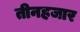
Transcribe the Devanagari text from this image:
तीनहजार